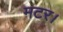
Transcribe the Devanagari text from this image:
मटर।